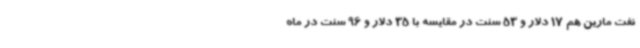
نفت مارین هم 17 دلار و 53 سنت در مقایسه با 35 دلار و 96 سنت در ماه